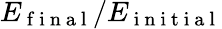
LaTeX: E_{\mathrm{~f~i~n~a~l~}}/E_{\mathrm{~i~n~i~t~i~a~l~}}